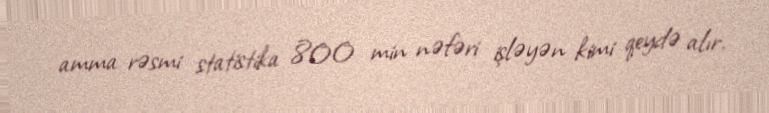
amma rəsmi statistika 800 min nəfəri işləyən kimi qeydə alır.